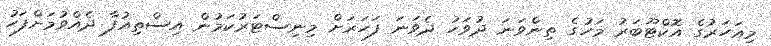
މިއަހަރުގެ އޮކްޓޫބަރު މަހުގެ ތިންވަނަ ދުވަހު ދެވަނަ ފަހަރަށް މިނިސްޓަރުކަމުން އިސްތިއުފާ ދެއްވުމަށްފަހު